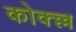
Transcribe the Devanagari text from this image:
कोक्ल्ल